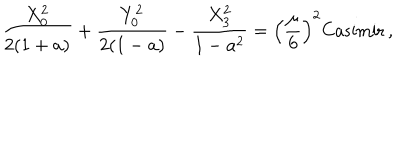
{ \frac { X _ { 0 } ^ { 2 } } { 2 ( 1 + a ) } } + { \frac { Y _ { 0 } ^ { 2 } } { 2 ( 1 - a ) } } - { \frac { X _ { 3 } ^ { 2 } } { 1 - a ^ { 2 } } } = \left( { \frac { \mu } { 6 } } \right) ^ { 2 } \mathrm { C a s i m i r } \, ,